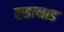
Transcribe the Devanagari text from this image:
कडानाड